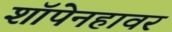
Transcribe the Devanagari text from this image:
शॉपेनहावर